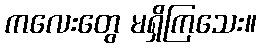
ကလေးတွေ မရှိကြသေး။